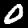
Label: 0